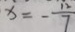
x = - \frac { 1 2 } { 7 }